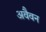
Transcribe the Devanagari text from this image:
अवैवन